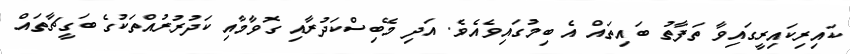
ކައިރިކައިރީގައިވާ ތަފާތު ބައިތައް އެ ބިމުގައިވެއެވެ. އަދި މޭބިސްކަދުރާއި ގޮވާމާއި ކަދުރުރުއްތަކުގެ ބަގީޗާތައް